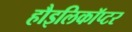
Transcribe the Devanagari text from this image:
हौइलिकॉप्टर